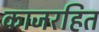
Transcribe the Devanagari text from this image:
काजरहित